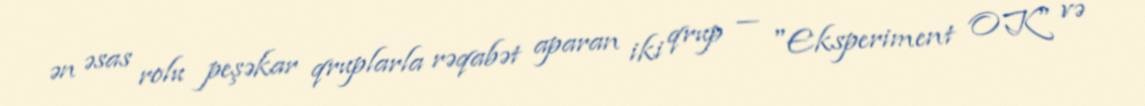
ən əsas rolu peşəkar qruplarla rəqabət aparan iki qrup — "Eksperiment OK" və